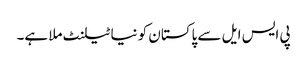
پی ایس ایل سے پاکستان کو نیا ٹیلنٹ ملا ہے۔